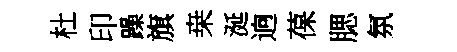
杜印躁旗桒涎逈葆腮氛